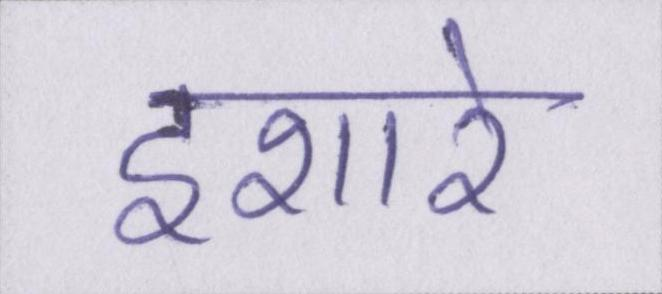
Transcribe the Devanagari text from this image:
इशारे